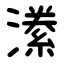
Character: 潫